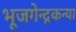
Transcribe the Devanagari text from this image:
भूजगेन्द्रकन्या